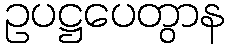
ဥပဋ္ဌပေတွာန